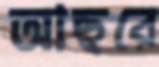
আছরে